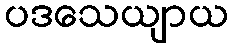
ပဒသေယျာယ